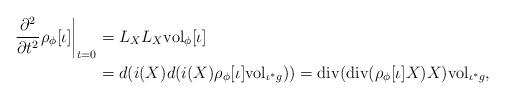
LaTeX: \begin{align*}\left.\frac{\partial^{2}}{\partial t^{2}} \rho_{\phi}[\iota] \right|_{t=0}&=L_{X} L_{X} {\rm vol}_{\phi}[\iota]\\&=d (i(X) d (i(X) \rho_{\phi}[\iota] {\rm vol}_{\iota^{*}g}))={\rm div} ({\rm div}(\rho_{\phi}[\iota] X)X) {\rm vol}_{\iota^{*}g},\end{align*}